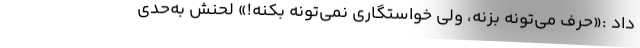
داد :«حرف می‌تونه بزنه، ولی خواستگاری نمی‌تونه بکنه!» لحنش به‌حدی